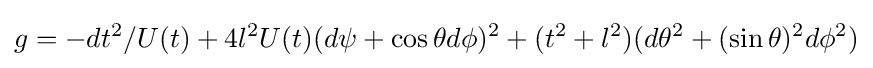
g=-dt^{2}/U(t)+4l^{2}U(t)(d\psi +\cos \theta d\phi )^{2}+(t^{2}+l^{2})(d\theta ^{2}+(\sin \theta )^{2}d\phi ^{2})